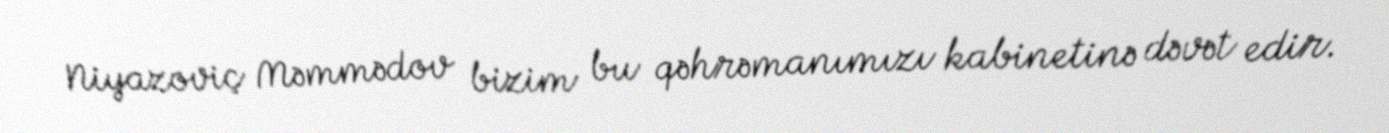
Niyazoviç Məmmədov bizim bu qəhrəmanımızı kabinetinə dəvət edir.